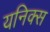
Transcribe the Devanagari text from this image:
यनिक्स